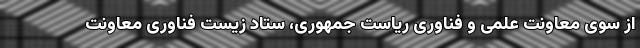
از سوی معاونت علمی و فناوری ریاست جمهوری، ستاد زیست فناوری معاونت